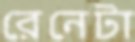
রেনেটা